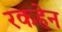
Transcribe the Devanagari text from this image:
रकहेन